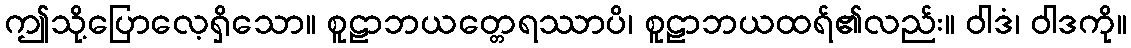
ဤသို့ပြောလေ့ရှိသော။ စူဠာဘယတ္တေရဿာပိ၊ စူဠာဘယထရ်၏လည်း။ ဝါဒံ၊ ဝါဒကို။